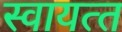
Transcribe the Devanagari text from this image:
स्‍वायत्‍त